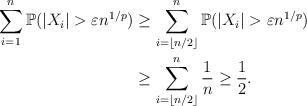
LaTeX: \begin{align*}\sum_{i=1}^n \mathbb{P}(|X_i|>\varepsilon n^{1/p})&\ge \sum_{i=\lfloor n/2 \rfloor}^n \mathbb{P}(|X_i|>\varepsilon n^{1/p})\\&\ge \sum_{i=\lfloor n/2 \rfloor}^n \frac{1}{n}\ge \frac{1}{2}.\end{align*}